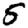
Digit: 5